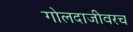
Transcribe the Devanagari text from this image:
गोलदाजीवरच